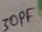
Text: 30PF